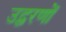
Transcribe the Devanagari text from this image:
उद्वरणों